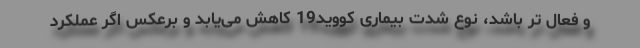
و فعال تر باشد، نوع شدت بیماری کووید19 کاهش می‌یابد و برعکس اگر عملکرد